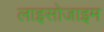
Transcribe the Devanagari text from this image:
लाइसोजाइम